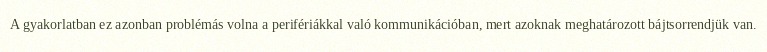
A gyakorlatban ez azonban problémás volna a perifériákkal való kommunikációban, mert azoknak meghatározott bájtsorrendjük van.